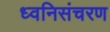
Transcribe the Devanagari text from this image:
ध्वनिसंचरण